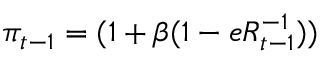
\pi _ { t - 1 } = ( 1 + \beta ( 1 - e R _ { t - 1 } ^ { - 1 } ) )